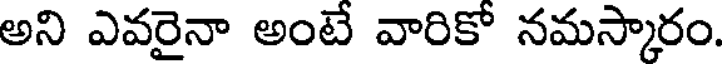
అని ఎవరైనా అంటే వారికో నమస్కారం.